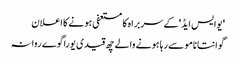
'یوایس ایڈ' کے سربراہ کا مستعفی ہونے کا اعلان
گوانتانامو سے رہا ہونے والے چھ قیدی یوراگوے روانہ